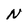
Character: N